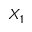
X _ { 1 }